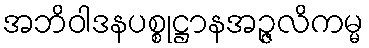
အဘိဝါဒနပစ္စုဋ္ဌာနအဉ္ဇလိကမ္မ